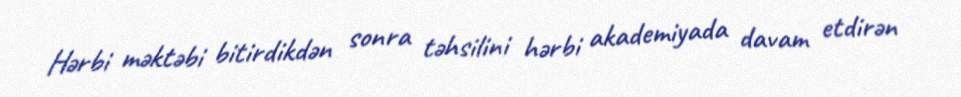
Hərbi məktəbi bitirdikdən sonra təhsilini hərbi akademiyada davam etdirən